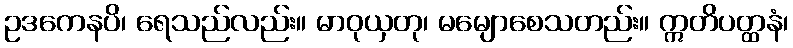
ဥဒကေနပိ၊ ရေသည်လည်း။ မာဝုယှတု၊ မမျောစေသတည်း။ ဣတိပတ္ထနံ၊